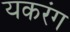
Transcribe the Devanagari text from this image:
यकरंग